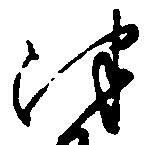
津